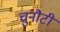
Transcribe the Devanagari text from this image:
चुनौटी